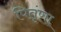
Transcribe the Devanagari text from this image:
पितृंणा